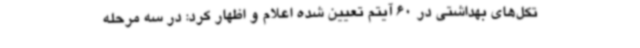
تکل‌های بهداشتی در 60 آیتم تعیین شده اعلام و اظهار کرد: در سه مرحله